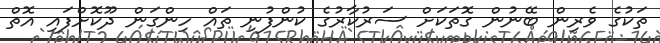
ތަކުގެ ވެރިން ބޭނުން ގޮތަކަށް ސަރުކާރުގެ ކުންފުނި ތައް ހިންގަން ދޫކޮށްފައި އޮތް